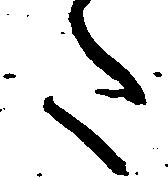
た